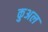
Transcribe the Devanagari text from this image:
कुअल